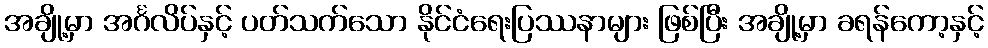
အချို့မှာ အင်္ဂလိပ်နှင့် ပတ်သက်သော နိုင်ငံရေးပြဿနာများ ဖြစ်ပြီး အချို့မှာ ခရန်ကော့နှင့်